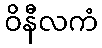
ဝိနီလကံ